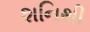
શનિથી